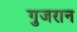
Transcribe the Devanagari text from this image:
गुजरान